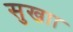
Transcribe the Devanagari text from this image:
सुखाा